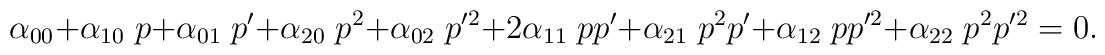
\alpha_{00} + \alpha_{10} \; p + \alpha_{01} \; p'		+ \alpha_{20} \; p^2 + \alpha_{02} \; p'^2 + 2 \alpha_{11} \; p p'		+ \alpha_{21} \; p^2 p' + \alpha_{12} \; p p'^2		+ \alpha_{22} \; p^2 p'^2 =0 .